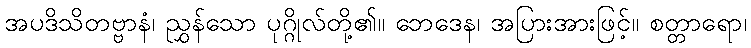
အပဒိသိတဗ္ဗာနံ၊ ညွှန်သော ပုဂ္ဂိုလ်တို့၏။ ဘေဒေန၊ အပြားအားဖြင့်။ စတ္တာရော၊